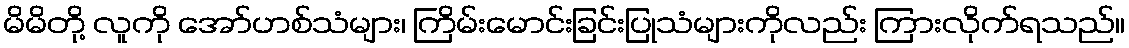
မိမိတို့ လူကို အော်ဟစ်သံများ၊ ကြိမ်းမောင်းခြင်းပြုသံများကိုလည်း ကြားလိုက်ရသည်။